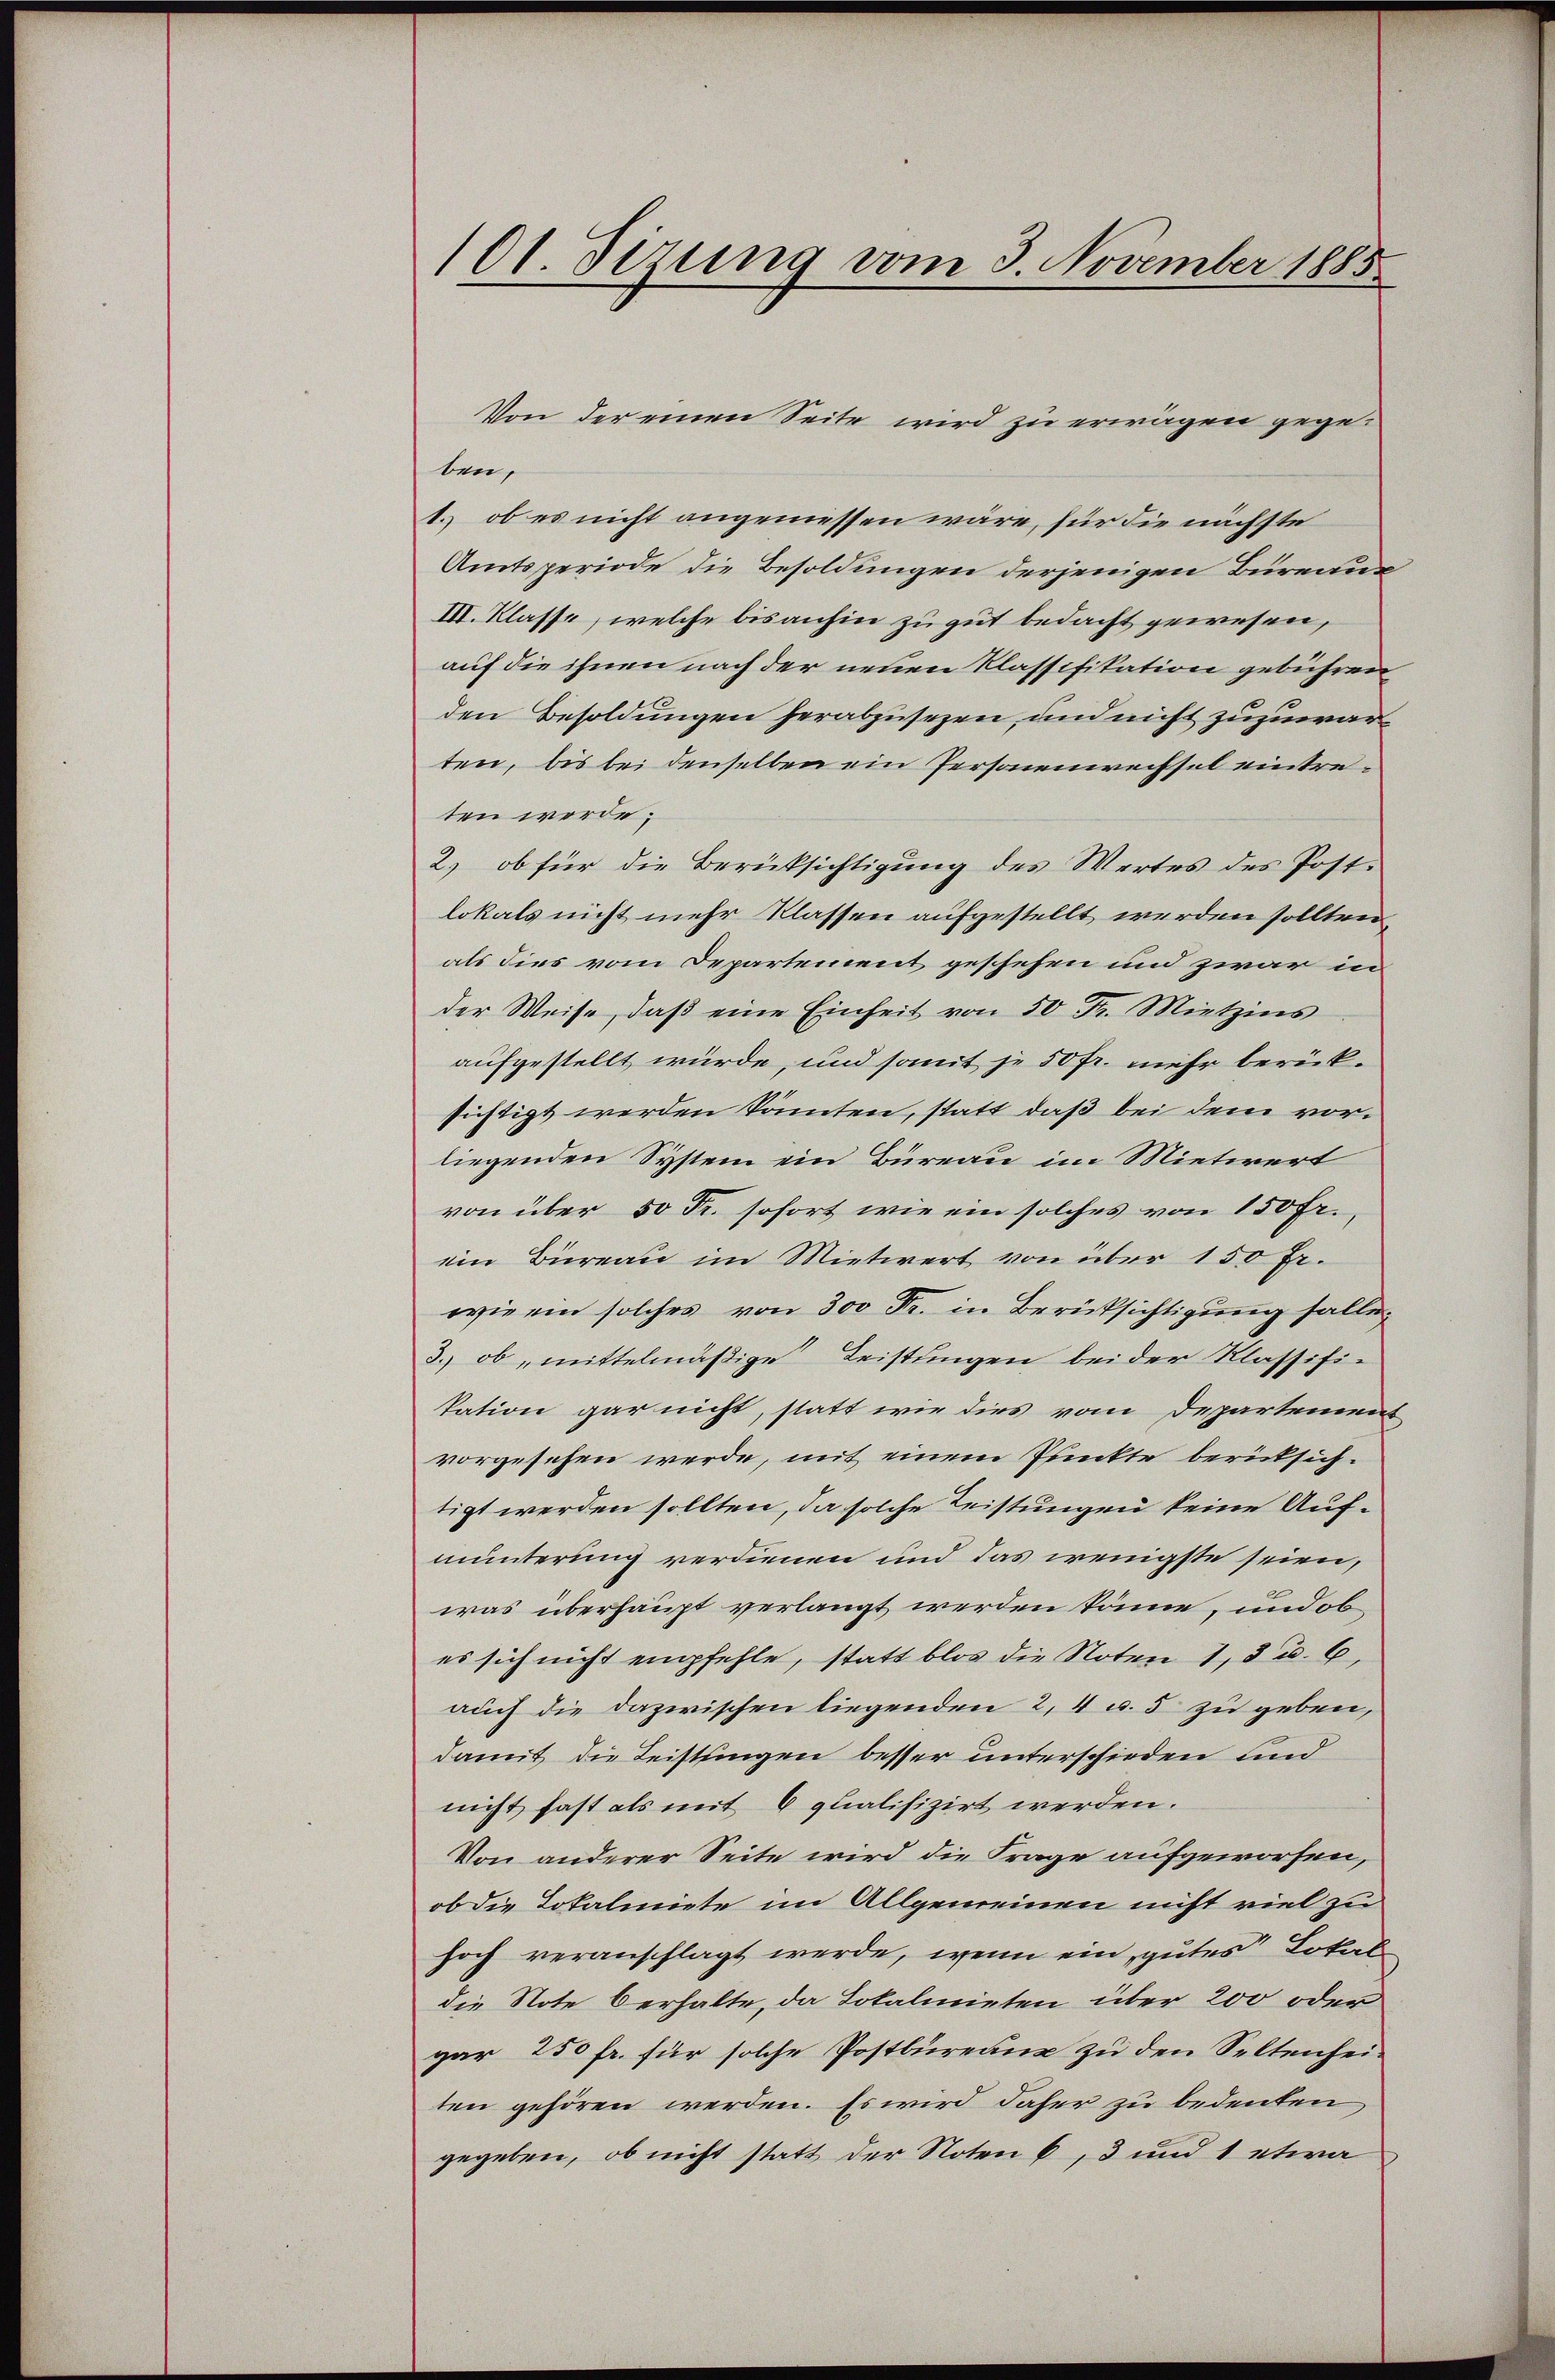
101 Sirung vom 3. November 1885

Von der einen Seite wird zu erwägen gegeben,
1. ob es nicht angeniessen wäre, für die nächste
Amtsperiode die Besoldungen derjenigen Büreaux
III. Klasse, welche bis anhin zu gut bedacht gewesen,
auf die ihnen nach der neuen Klassifikation gebühren
den Besoldungen herabzusezen, und nicht zuzuwarten, bis bei denselben ein Personenrechsel eintreten werde;
2) ob für die Berüksichtigung des Wertes des Post-
lokals nicht mehr Klassen aufgestellt werden sollten,
als dies vom Departement geschehen und zwar in
der Weise, daβ eine Einheit von 50 Fr. Mietzins
aufgestellt würde, und somit je 50 fr. mehr berücksichtigt werden könnten, statt daß bei dem vorliegenden System ein Büreau im Mietiert
von über 50 Fr. sofort wie ein solches von 150 fr.,
ein Büreau im Mietwert von über 150 Fr.
wie ein solches von 300 Fr. in Berücksichtigung falle
3.) ob „mittelmäßige Leistungen bei der Klassifikation gar nicht, statt wie dies vom Departeinen
vorgesehen werde, mit einem Punckte berücksichtigt werden sollten, da solche Leistungen keine Aufmunterung verdienen und das wenigste seien,
was überhaupt verlangt werden könne, und ob
es sich nicht empfehle, statt blos die Noten 1, 3 u. 6,
auch die dazwischen liegenden 2, 4 u. 5 zu geben,
damit die Leistungen besser unterschieden und
nicht fast als mit 6 qualifizirt werden.
Von anderer Seite wird die Frage aufgeworfen,
ob die Lokalmiete im Allgemeinen nicht viel zu
hoch veranschlagt werde, wenn ein, gutes Lokal
die Note Verhalte, da Lokalmieten über 200 oder
gar 250 fr. für solche Postbureau zu den Seltenheiten gehören werden. Es wird daher zu bedeuten
gegeben, ob nicht statt der Noten 6, 3 und 1 etwa